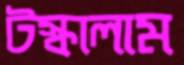
টস্‌কালাম